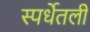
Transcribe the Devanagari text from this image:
स्पर्धेतली